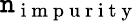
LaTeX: \mathtt{n}_{\mathrm{{~i~m~p~u~r~i~t~y~}}}